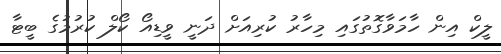
ލީކް އިން ހާމަވާގޮތުގައި މިހާރު ކުރިއަށް ދަނީ ވީޑިއޯ ކޯލް ކުރުމުގެ ބީޓާ